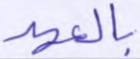
بالعهد